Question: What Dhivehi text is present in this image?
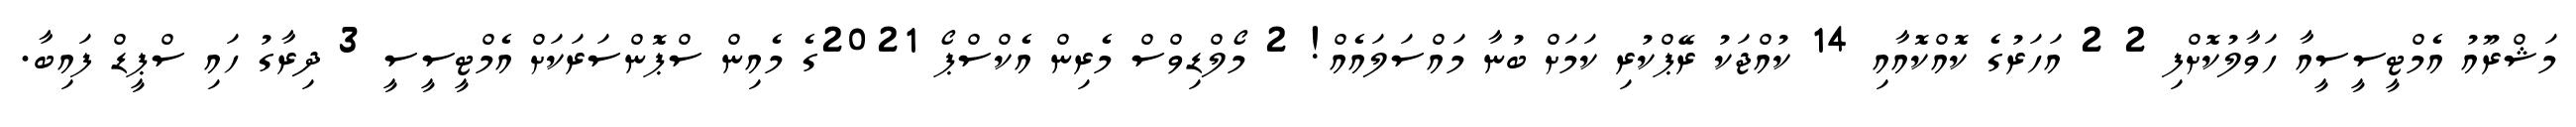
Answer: މަޝްރޫއު އެމްޓީސީސީއާ ހަވާލުކޮށްފި 2 2 އަހަރުގެ ކޮއްކޮއާއި 14 ކުއްޖަކު ރޭޕްކުރި ކަމަށް ބުނާ މައްސަލައެއް! 2 މޯލްޑިވްސް މެރިން އެކްސްޕޯ 2021ގެ މެއިން ސްޕޮންސަރަކަށް އެމްޓީސީސީ 3 ދިރާގު ހައި ސްޕީޑް ފައިބާ.